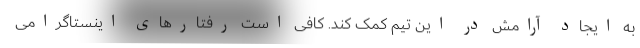
به ایجاد آرامش در این تیم کمک کند. کافی است رفتارهای اینستاگرامی